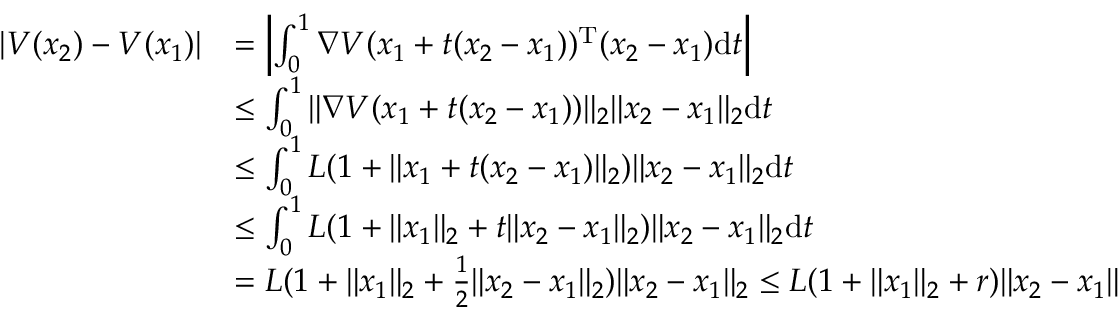
\begin{array} { r l } { | V ( x _ { 2 } ) - V ( x _ { 1 } ) | } & { = \left| \int _ { 0 } ^ { 1 } \nabla V ( x _ { 1 } + t ( x _ { 2 } - x _ { 1 } ) ) ^ { \mathrm { T } } ( x _ { 2 } - x _ { 1 } ) \mathrm { d } t \right| } \\ & { \le \int _ { 0 } ^ { 1 } \| \nabla V ( x _ { 1 } + t ( x _ { 2 } - x _ { 1 } ) ) \| _ { 2 } \| x _ { 2 } - x _ { 1 } \| _ { 2 } \mathrm { d } t } \\ & { \le \int _ { 0 } ^ { 1 } L ( 1 + \| x _ { 1 } + t ( x _ { 2 } - x _ { 1 } ) \| _ { 2 } ) \| x _ { 2 } - x _ { 1 } \| _ { 2 } \mathrm { d } t } \\ & { \le \int _ { 0 } ^ { 1 } L ( 1 + \| x _ { 1 } \| _ { 2 } + t \| x _ { 2 } - x _ { 1 } \| _ { 2 } ) \| x _ { 2 } - x _ { 1 } \| _ { 2 } \mathrm { d } t } \\ & { = L ( 1 + \| x _ { 1 } \| _ { 2 } + \frac 1 2 \| x _ { 2 } - x _ { 1 } \| _ { 2 } ) \| x _ { 2 } - x _ { 1 } \| _ { 2 } \le L ( 1 + \| x _ { 1 } \| _ { 2 } + r ) \| x _ { 2 } - x _ { 1 } \| } \end{array}